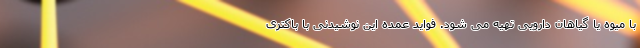
با میوه یا گیاهان دارویی تهیه می شود. فواید عمده این نوشیدنی با باکتری